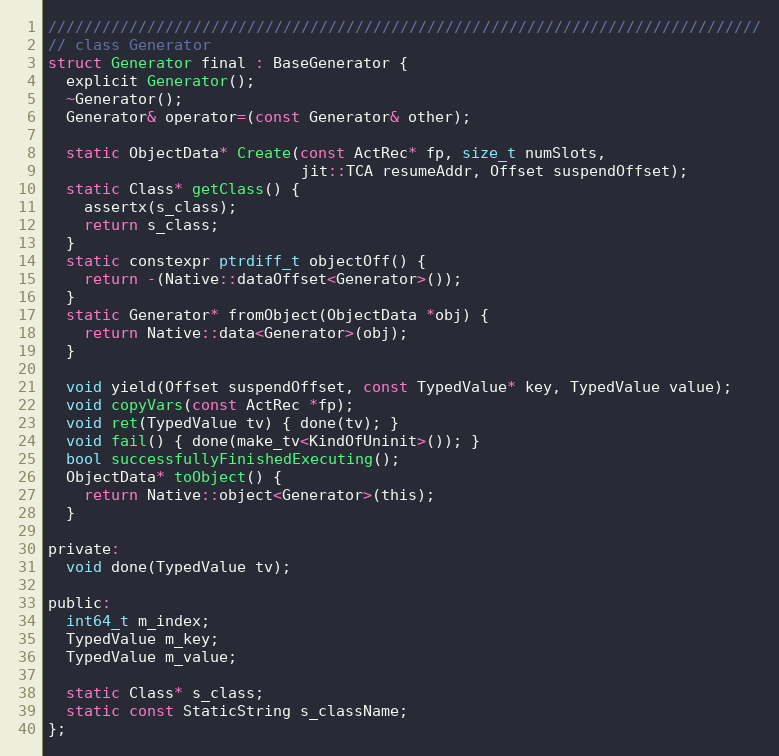
Language: C
///////////////////////////////////////////////////////////////////////////////
// class Generator
struct Generator final : BaseGenerator {
  explicit Generator();
  ~Generator();
  Generator& operator=(const Generator& other);

  static ObjectData* Create(const ActRec* fp, size_t numSlots,
                            jit::TCA resumeAddr, Offset suspendOffset);
  static Class* getClass() {
    assertx(s_class);
    return s_class;
  }
  static constexpr ptrdiff_t objectOff() {
    return -(Native::dataOffset<Generator>());
  }
  static Generator* fromObject(ObjectData *obj) {
    return Native::data<Generator>(obj);
  }

  void yield(Offset suspendOffset, const TypedValue* key, TypedValue value);
  void copyVars(const ActRec *fp);
  void ret(TypedValue tv) { done(tv); }
  void fail() { done(make_tv<KindOfUninit>()); }
  bool successfullyFinishedExecuting();
  ObjectData* toObject() {
    return Native::object<Generator>(this);
  }

private:
  void done(TypedValue tv);

public:
  int64_t m_index;
  TypedValue m_key;
  TypedValue m_value;

  static Class* s_class;
  static const StaticString s_className;
};